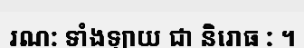
រណ: ទាំងឡាយ ជា និរោធ : ។